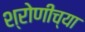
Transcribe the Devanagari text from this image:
श्रोणीच्या